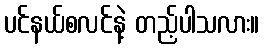
ပင်နယ်စလင်နဲ့ တည့်ပါသလား။